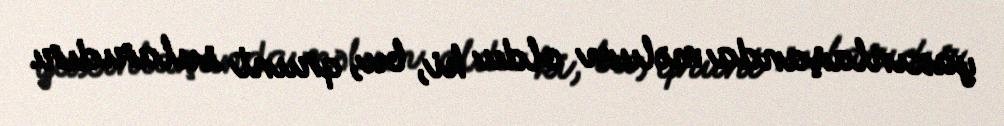
yaxınlaşanda məlum oldu ki, bu, qrunt sularıdır.